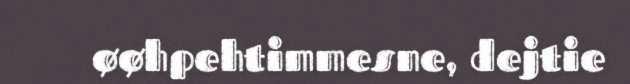
øøhpehtimmesne, dejtie